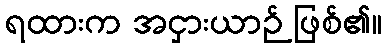
ရထားက အငှားယာဉ် ဖြစ်၏။